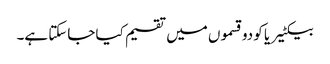
بیکٹیریا کو دو قسموں میں تقسیم کیا جاسکتا ہے۔